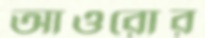
আওরোর